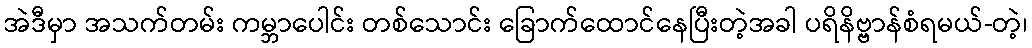
အဲဒီမှာ အသက်တမ်း ကမ္ဘာပေါင်း တစ်သောင်း ခြောက်ထောင်နေပြီးတဲ့အခါ ပရိနိဗ္ဗာန်စံရမယ်-တဲ့၊